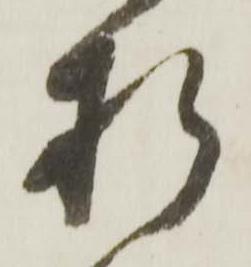
折